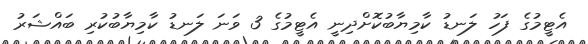
އެޓީމުގެ ފަހު ލަނޑު ކާމިޔާބުކޮށްދިނީ އެޓީމުގެ 3 ވަނަ ލަނޑު ކާމިޔާބުކުރި ބައްޝަރު